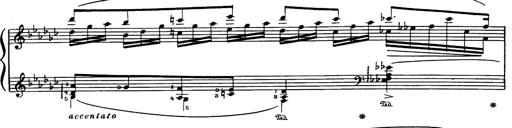
Title: Danza sacra e duetto finale dâ€™Aida
Composer: Franz Liszt